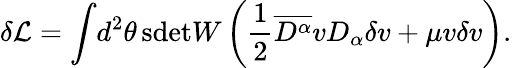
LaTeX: \delta\mathcal{L}=\int\! d^{2}\theta\, \mathrm{sdet}W\left(\frac{1}{2}\overline{{{D^{\alpha}}}}vD_{\alpha}\delta v+\mu v\delta v\right).